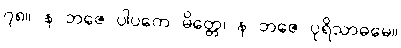
၇၈။ န ဘဇေ ပါပကေ မိတ္တေ၊ န ဘဇေ ပုရိသာဓမေ။